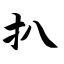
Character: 扒